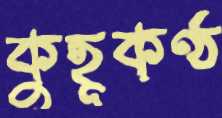
কুহূকণ্ঠ